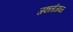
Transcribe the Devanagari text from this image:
जकार्ताजवळ